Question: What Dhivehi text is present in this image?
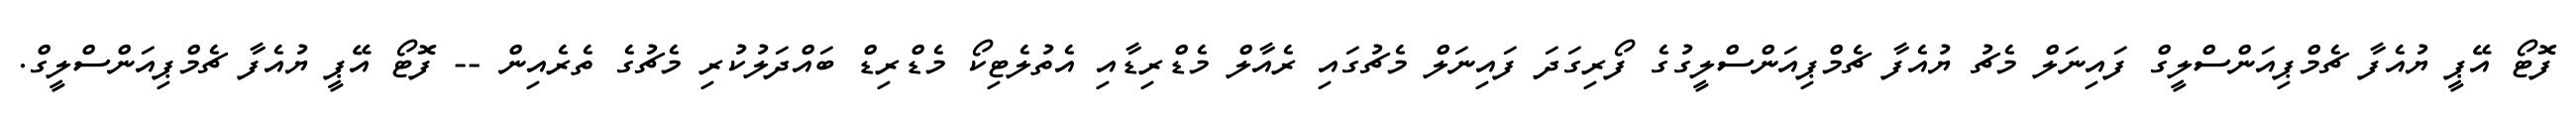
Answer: ފޮޓޯ އޭޕީ ޔުއެފާ ޗެމްޕިއަންސްލީގް ފައިނަލް މެޗު ޔުއެފާ ޗެމްޕިއަންސްލީގުގެ ފޯރިގަދަ ފައިނަލް މެޗުގައި ރެއާލް މެޑްރިޑާއި އެތުލެޓިކޯ މެޑްރިޑް ބައްދަލުކުރި މެޗުގެ ތެރެއިން -- ފޮޓޯ އޭޕީ ޔުއެފާ ޗެމްޕިއަންސްލީގް.